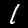
Label: 1